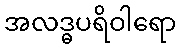
အလဒ္ဓပရိဝါရော